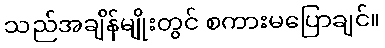
သည်အချိန်မျိုးတွင် စကားမပြောချင်။